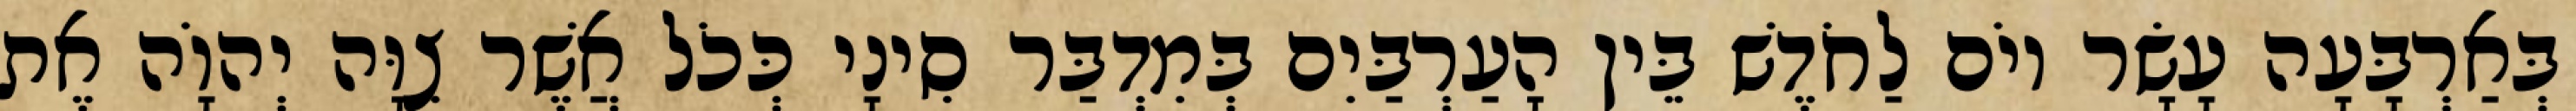
בְּאַרְבָּעָה עָשָׂר יוֹם לַחֹדֶשׁ בֵּין הָעַרְבַּיִם בְּמִדְבַּר סִינָי כְּכֹל אֲשֶׁר צִוָּה יְהוָֹה אֶת